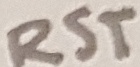
Text: RST